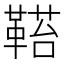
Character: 𩌂